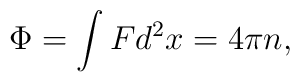
\Phi = \int Fd^2x = 4\pi n,